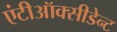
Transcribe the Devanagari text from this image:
एंटीऑक्सीडेन्ट